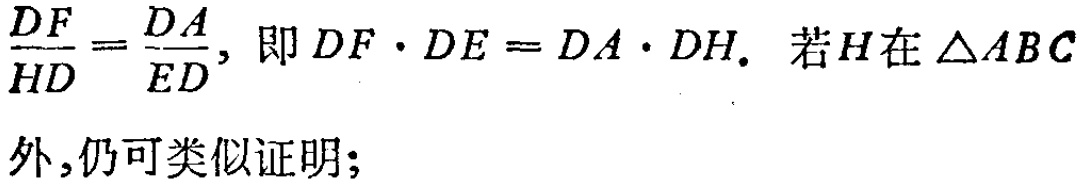
\(\frac{DF}{HD}=\frac{DA}{ED},\) 即 \(DF\cdot DE = DA\cdot DH.\) 若 \(H\)在\(\triangle ABC\)外,仍可类似证明;